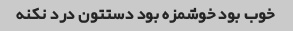
خوب بود خوشمزه بود دستتون درد نکنه